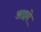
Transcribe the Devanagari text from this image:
आझो